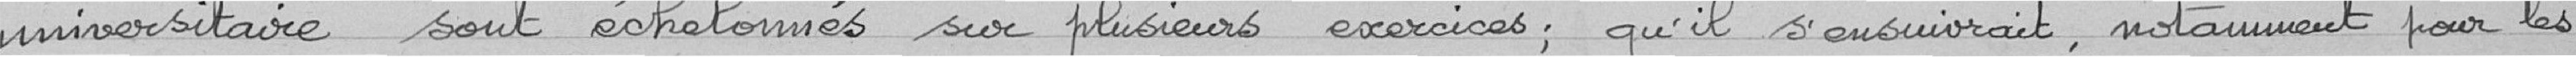
universitaire sont échelonnés sur plusieurs exercices ; qu'il s'ensuivrait, notamment pour les